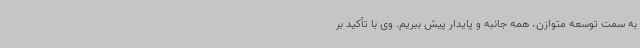
به سمت توسعه متوازن، همه جانبه و پایدار پیش ببریم. وی با تأکید بر